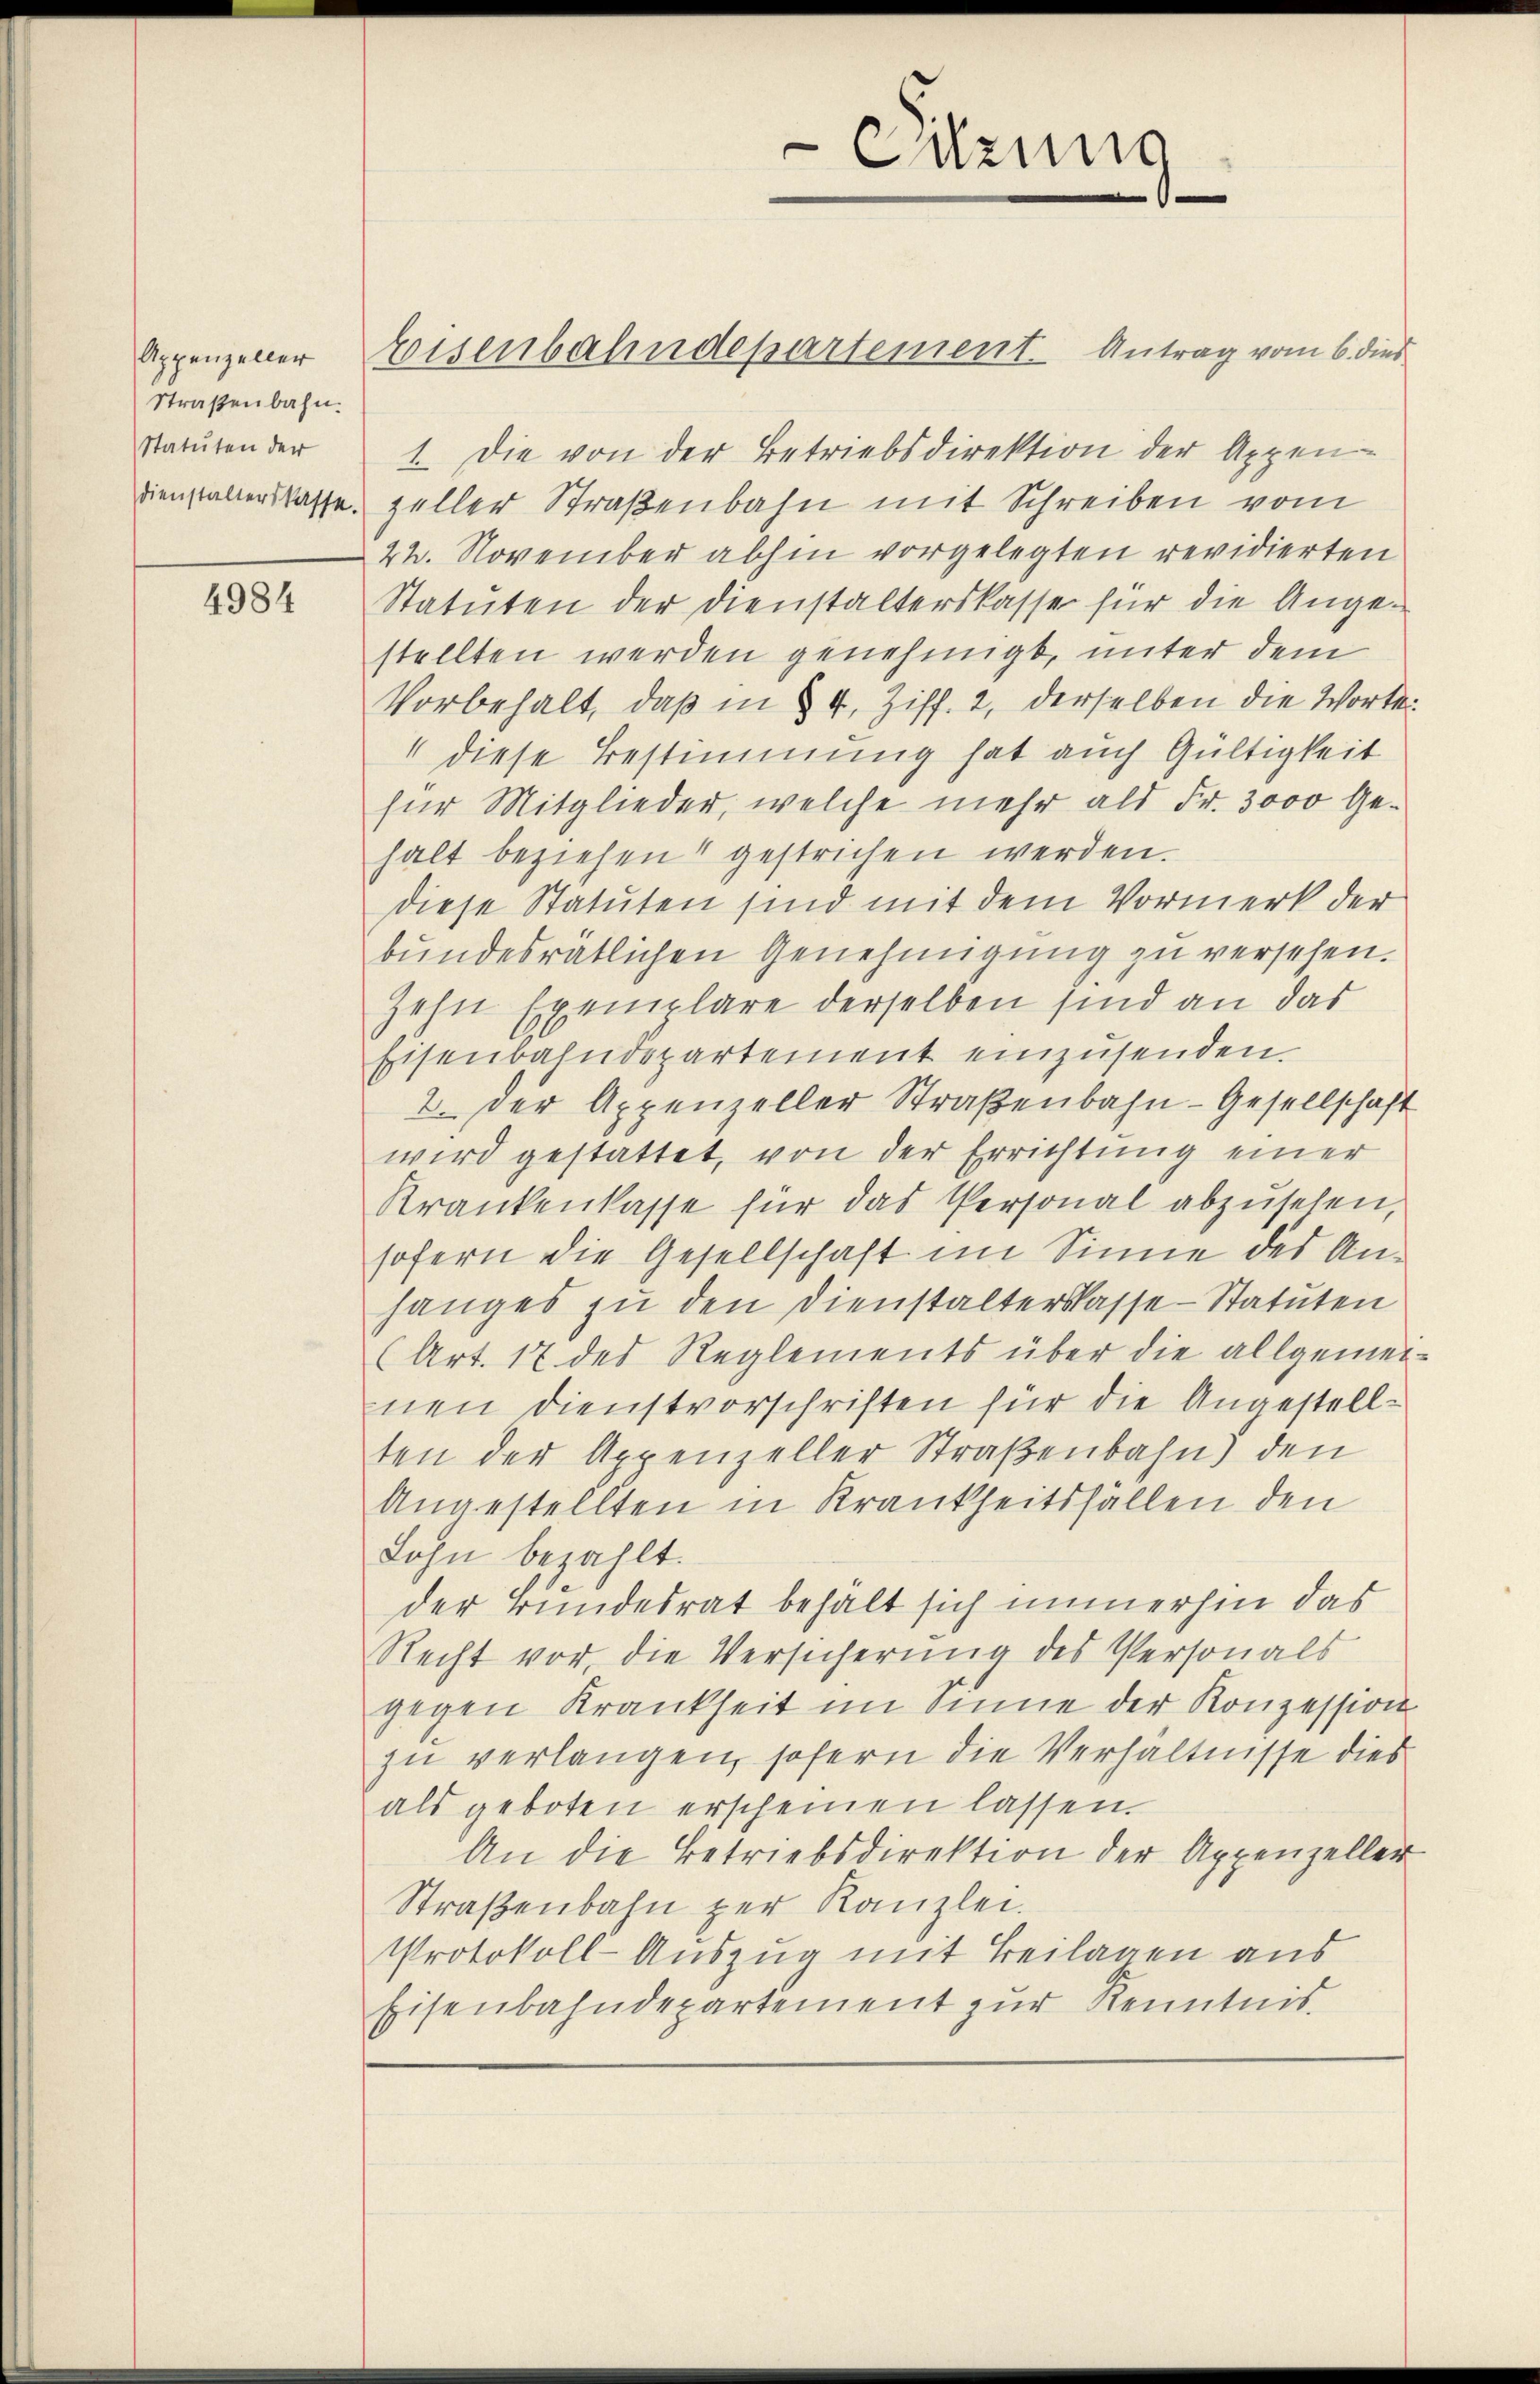
Appenzeller
Straßenbahn.
Statuten der

4984

Eisenbahndepartement. Antrag vom 6. dies

.

Sitzung

1. Die von der Betriebsdirektion der Appen-
Dienstalterskasse, Zeller Straßenbahn mit Schreiben vom
22. November abhin vorgelegten revidierten
Statuten der Dienstalterskasse für die Angestellten werden genehmigt, unter dem
Vorbehalt, daß in § 4, Ziff. 2, derselben die Worte
1 diese Bestimmung hat auch Gültigkeit
für Mitglieder, welche mehr als Fr. 3000 Gehalt beziehen gestrichen werden.
diese Statuten sind mit dem Vormerk der
bundesrätlichen Genehmigung zu versehen.
zehn Exemplare derselben sind an das
Eisenbahndepartement einzusenden.
2. Der Appenzeller Straßenbahn-Gesellschaft
wird gestattet, von der Errichtung einer
Krankenkasse für das Personal abzusehen,
sofern die Gesellschaft im Sinne des Anhanges zu den Dienstalterskasse - Statuten
(Art. 17 des Reglements über die allgemeinen Dienstvorschriften für die Angestellten der Appenzeller Straßenbahn) den
Angestellten in Krankheitsfällen den
Lohn bezahlt.
der Bundesrat behält sich immerhin das
Recht vor, die Versicherung des Personals
gegen Krankheit im Sinne der Konzession
zu verlangen, sofern die Verhältnisse dies
als geboten erscheinen lassen.
An die Betriebsdirektion der Appenzeller
Straßenbahn per Kanzlei.
Protokoll-Auszug mit Beilagen aus
Eisenbahndepartement zur Kenntnis.